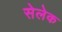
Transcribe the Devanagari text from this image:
सेलेक